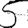
Digit: 5